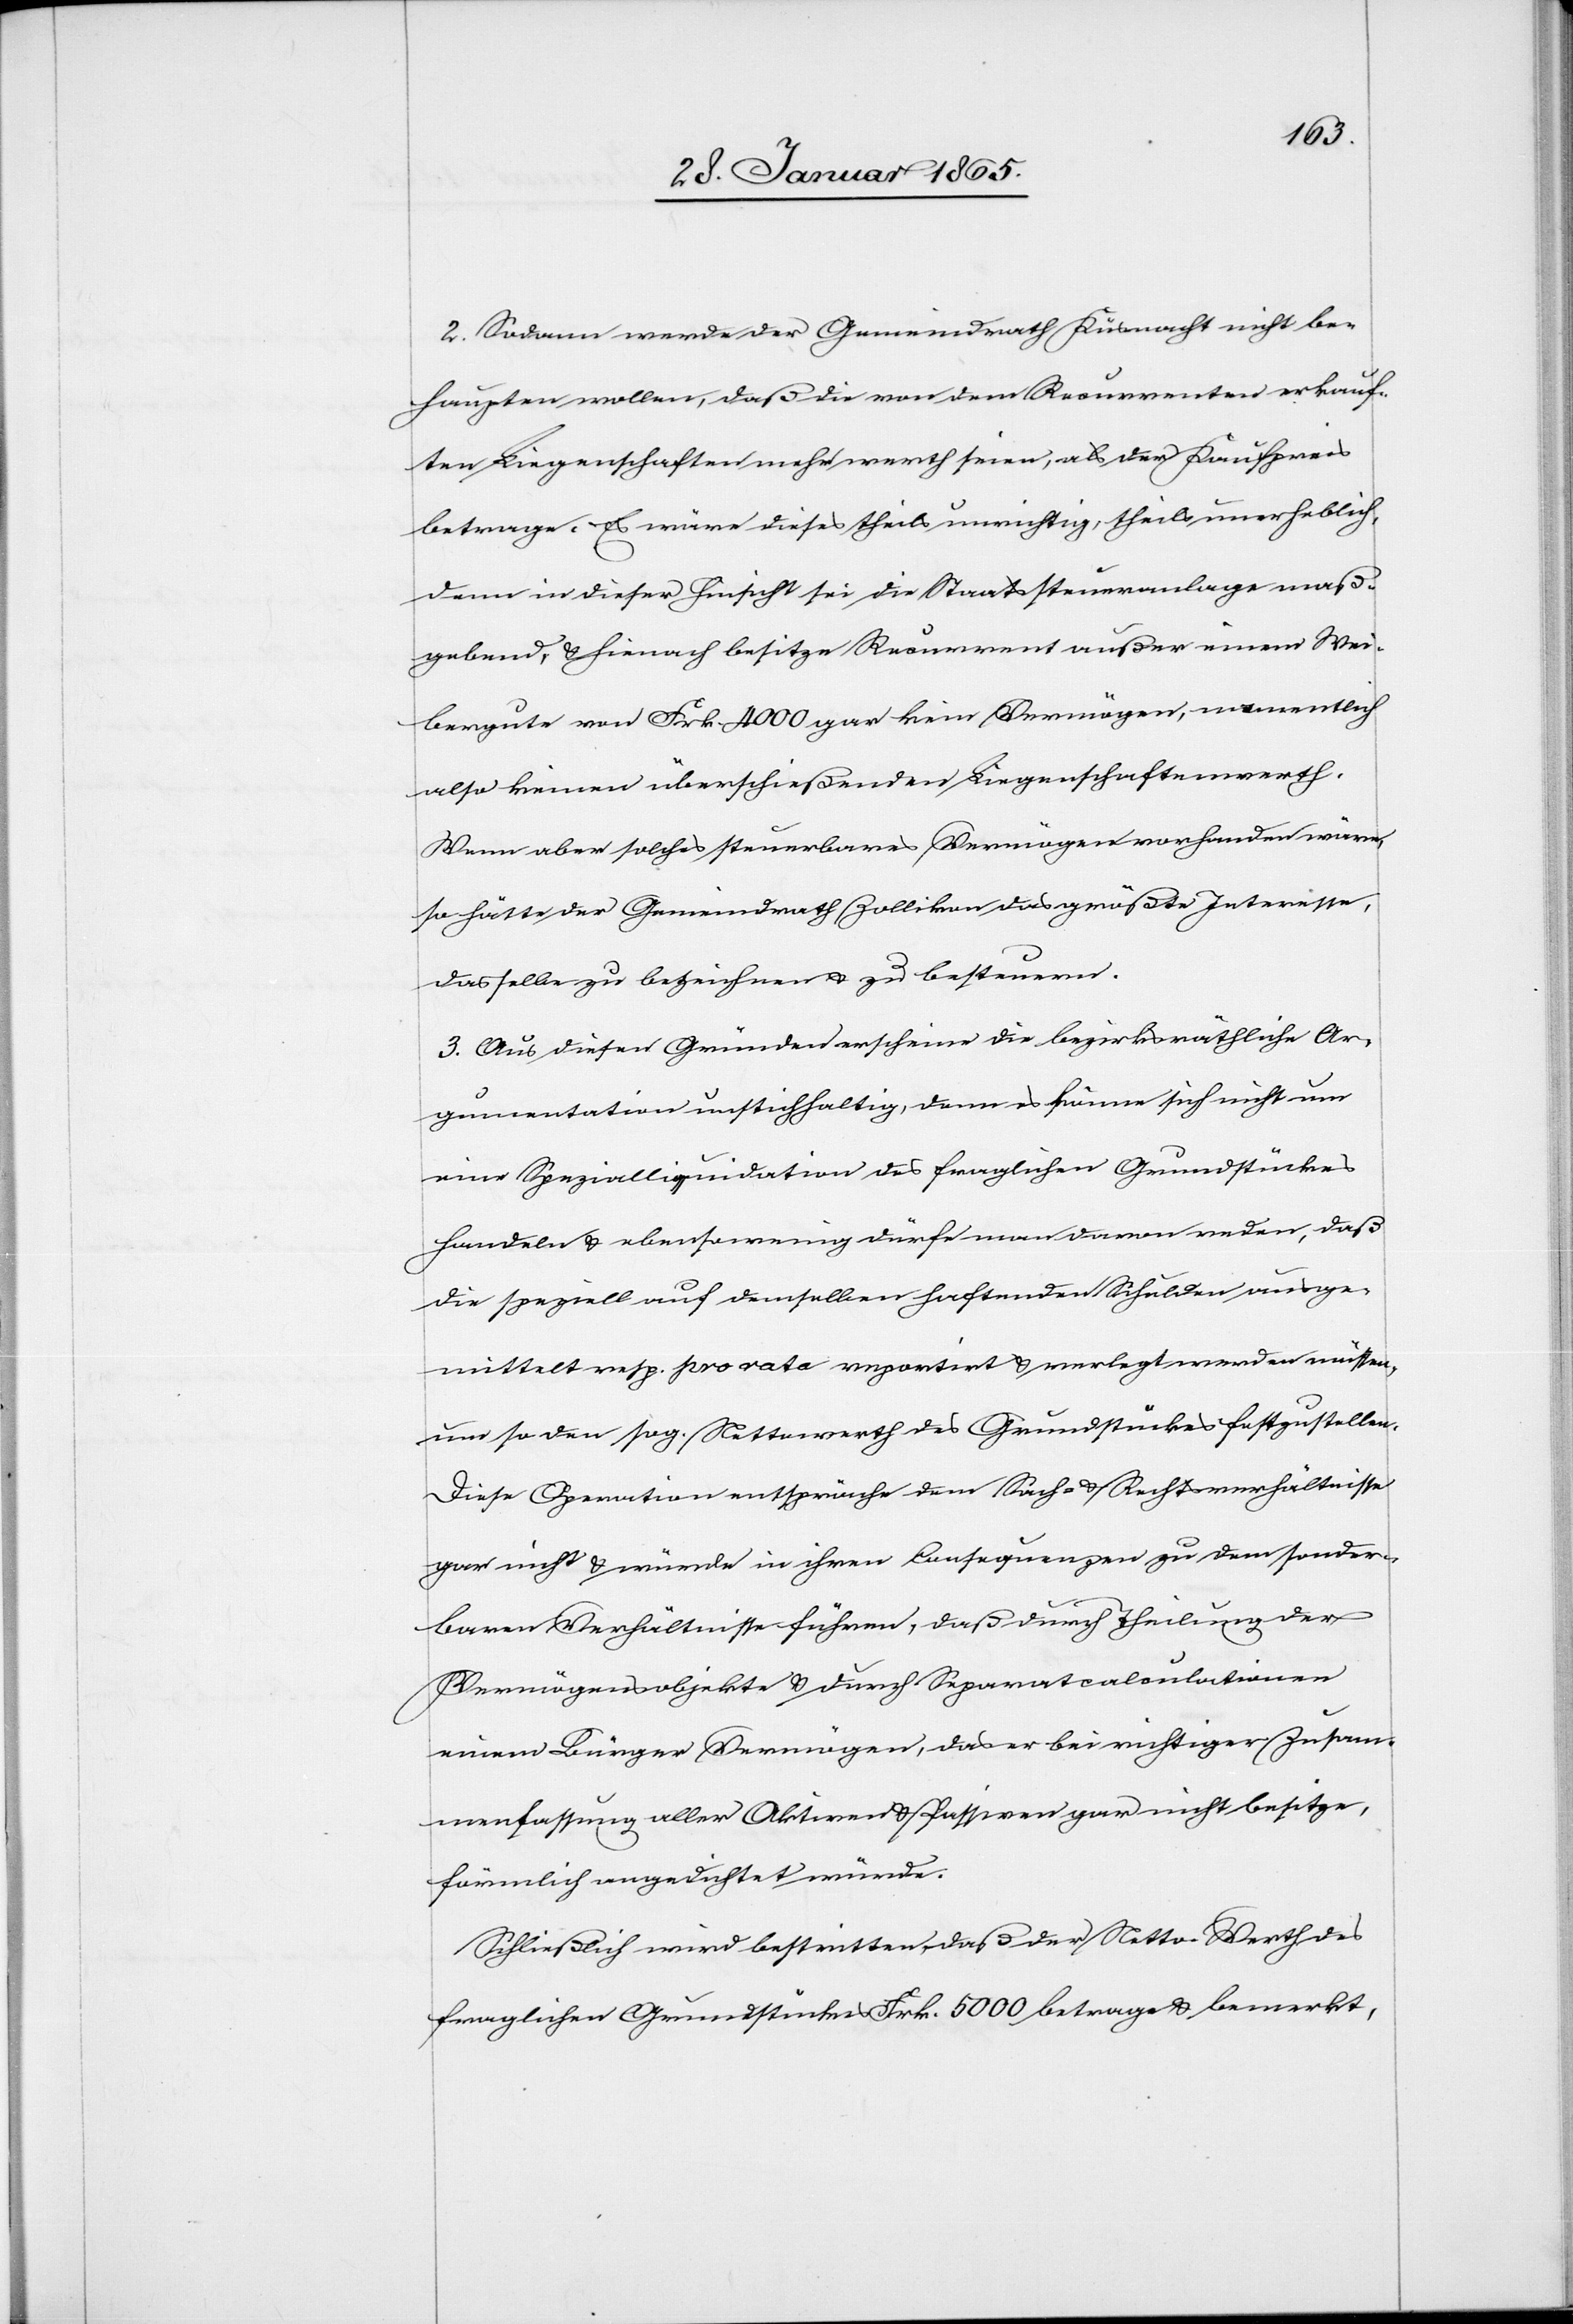
2. Sodann werde der Gemeindrath Küsnacht nicht be¬
haupten wollen, daß die von dem Recurrenten erkauf¬
ten Liegenschaften mehr werth seien, als der Kaufpreis
betrage. Es wäre dieses theils unrichtig, theils unerheblich,
denn in dieser Hinsicht sei die Staatssteueranlage maß¬
gebend, u. hienach besitze Recurrent außer einem Wei¬
bergute von Frk. 4000 gar kein Vermögen, namentlich
also keinen überschießenden Liegenschaftenwerth.
Wenn aber solches steuerbares Vermögen vorhanden wäre,
so hätte der Gemeindrath Zollikon das größte Interesse,
dasselbe zu bezeichnen u. zu besteuern.
3. Aus diesen Gründen erscheine die bezirksräthliche Ar¬
gumentation unstichhaltig, denn es könne sich nicht um
eine Spezialliquidation des fraglichen Grundstückes
handeln u. ebenso wenig dürfe man davon reden, daß
die speziell auf demselben haftenden Schulden ausge¬
mittelt resp. pro rata reportirt u. verlegt werden müssen,
um so den sog. Nettowerth des Grundstückes festzustellen.
Diese Operation entspräche dem Sach- u. Rechtsverhältnisse
gar nicht u. würde in ihren Consequenzen zu dem sonder¬
baren Verhältnisse führen, daß durch Theilung der
Vermögensobjekte u. durch Separatcalculationen
einem Bürger Vermögen, das er bei richtiger Zusam¬
menfassung aller Aktiven u. Passiven gar nicht besitze,
förmlich angedichtet würde.
Schließlich wird bestritten, daß der Netto-Werth des
fraglichen Grundstückes Frk. 5000 betrage u. bemerkt,